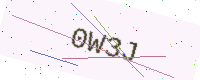
Text: 0W3J